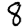
Digit: 8